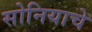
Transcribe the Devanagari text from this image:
सोनियाचे